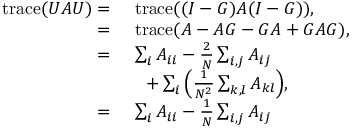
\begin{array} { r l } { \mathrm { t r a c e } ( U A U ) = } & { \ \mathrm { t r a c e } ( ( I - G ) A ( I - G ) ) , } \\ { = } & { \ \mathrm { t r a c e } ( A - A G - G A + G A G ) , } \\ { = } & { \ \sum _ { i } { A _ { i i } } - \frac { 2 } { N } \sum _ { i , j } { A _ { i j } } } \\ & { \ \ \ + \sum _ { i } { \left( \frac { 1 } { N ^ { 2 } } \sum _ { k , l } { A _ { k l } } \right) } , } \\ { = } & { \ \sum _ { i } { A _ { i i } } - \frac { 1 } { N } \sum _ { i , j } { A _ { i j } } } \end{array}